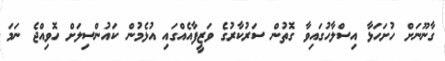
ގާނޫނަށް ހުށަހަޅާ އިސްލާހުގައިވާ ގޮތުން ސަރުކާރުގެ ވަޒީފާއެއްގައި އުޅެމުން ކައުންސިލަށް ހޮވިއްޖެ ނަމަ